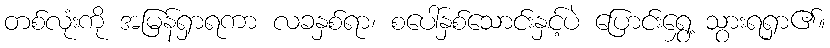
တစ်လုံးကို အမြန်ရှာရကာ လခနှစ်ရာ၊ စပေါ်နှစ်သောင်းနှင့်ပဲ ပြောင်းရွှေ့ သွားရရှာ၏။